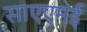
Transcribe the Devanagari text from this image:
साएएमई